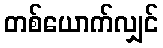
တစ်ယောက်လျှင်